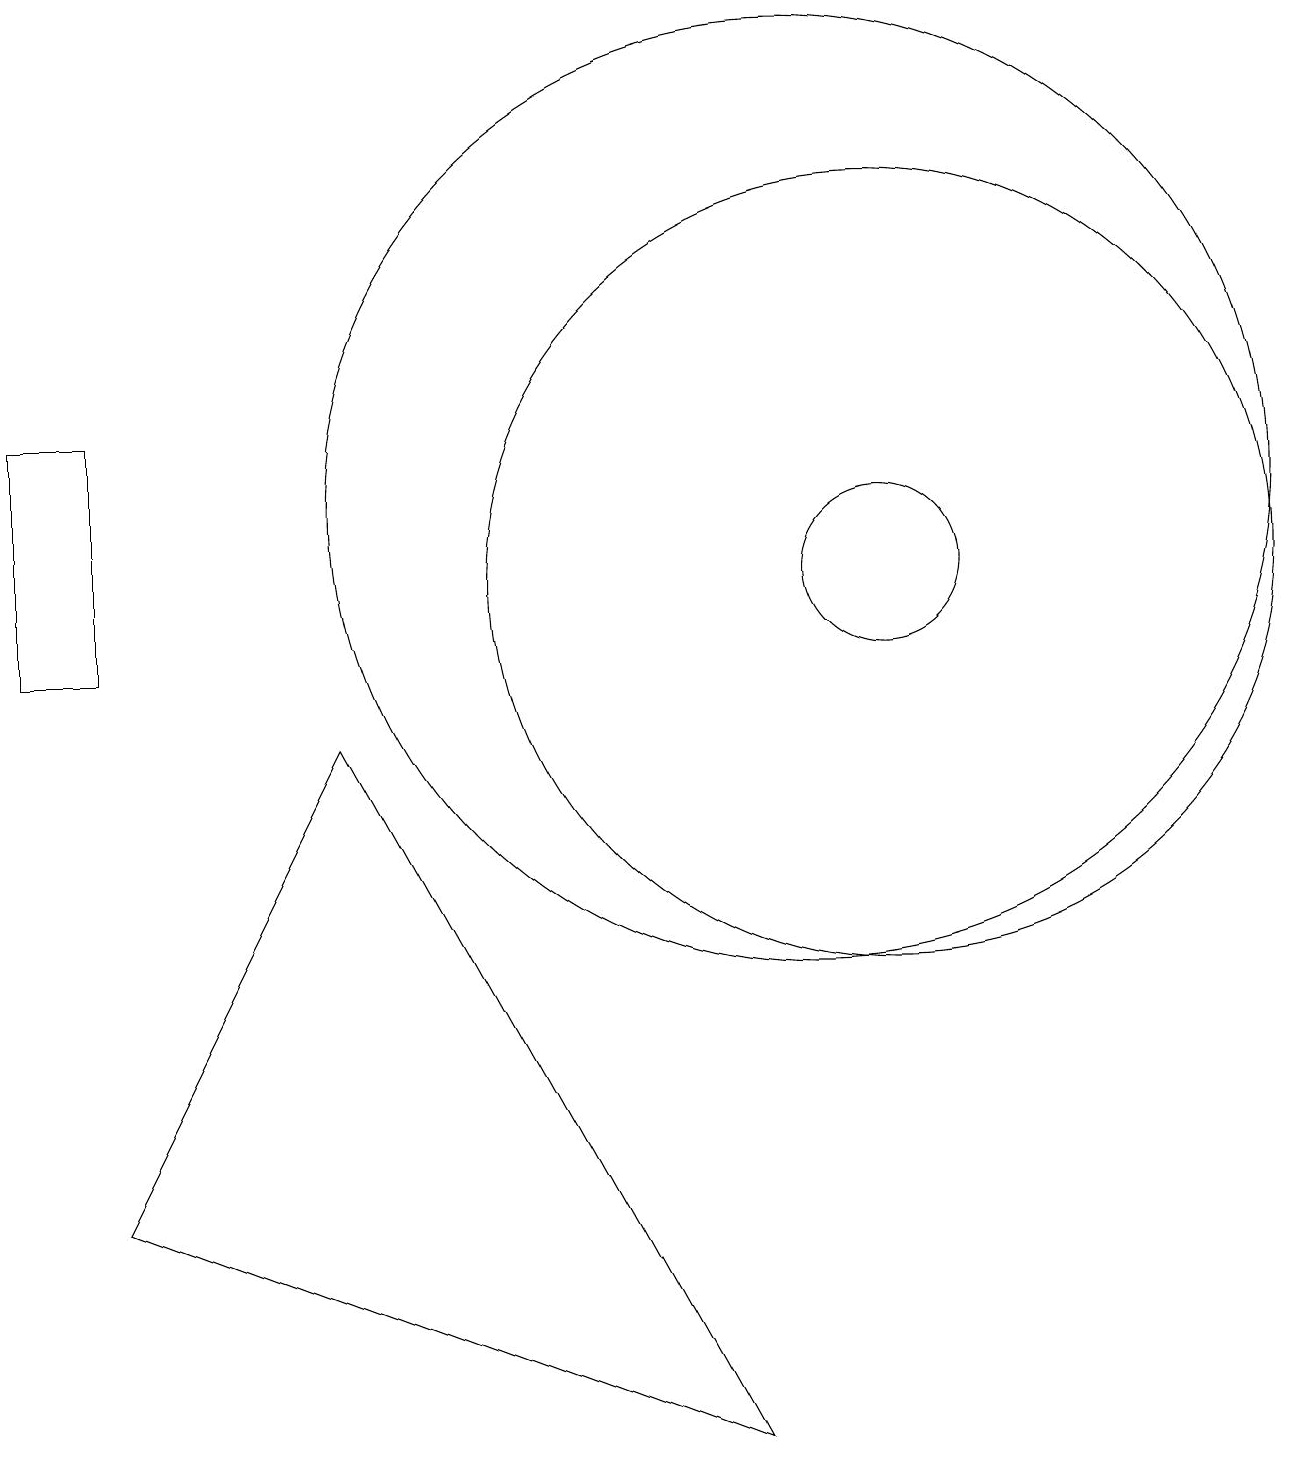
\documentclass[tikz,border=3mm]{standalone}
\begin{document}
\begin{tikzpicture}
\draw (1,3) -- (9,0) -- (4,9) -- cycle;
\draw (1,13) rectangle (0,10);
\draw (11,11) circle (5);
\draw (10,12) circle (6);
\draw (11,11) circle (1);
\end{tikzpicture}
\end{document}